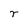
Character: r